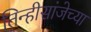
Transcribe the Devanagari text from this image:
तिन्हीसांजेच्या